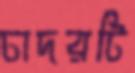
চাদরটি